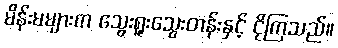
မိန်းမများက သွေးရူးသွေးတန်းနှင့် ငိုကြသည်။